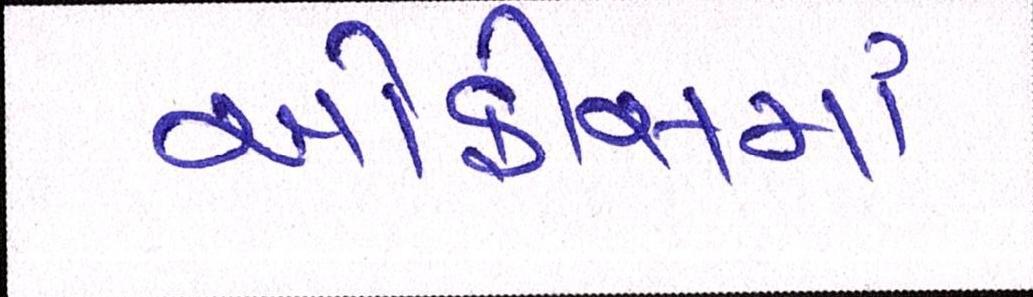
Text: ઓફીસમાં